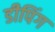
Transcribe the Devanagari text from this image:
डीपिंग